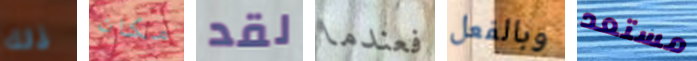
ذلك مكان لقد فعندما وبالفعل مستعد